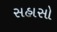
સહાસો